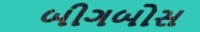
બીગબોસ